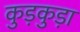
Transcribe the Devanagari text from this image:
कुड़कुड़ा